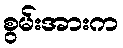
စွမ်းအားက